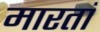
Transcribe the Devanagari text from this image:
मारतां